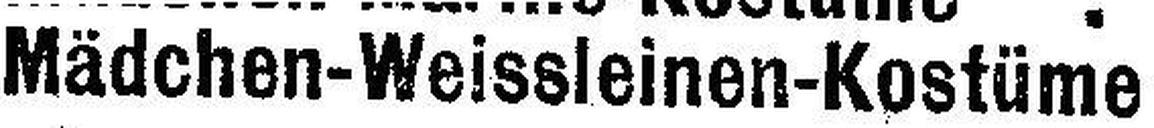
Mädchen-Weissleinen-Kostüme